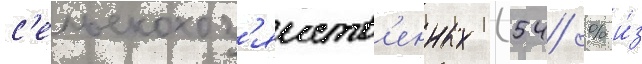
с'ельскохоз'яиств'енных (54 % и́з